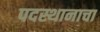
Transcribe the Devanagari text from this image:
पदस्थानाचा